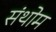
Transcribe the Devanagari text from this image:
संथोम